Plague in India, 1896, 1897 - Volume 1
Year: 1896
Disease focus: Plague
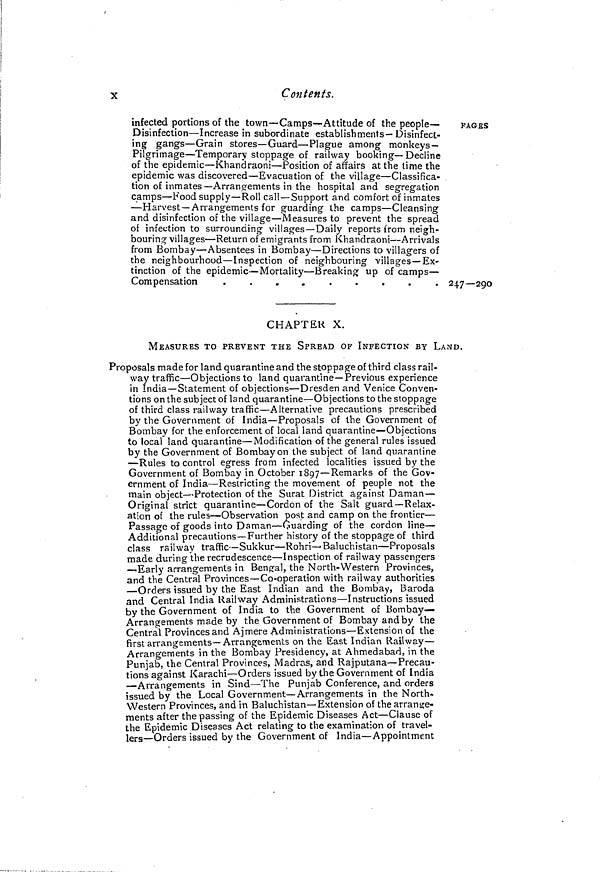
X
Contents.
infected portions of the town—Camps—Attitude of the people-
Disinfection—Increase in subordinate establishments—Disinfect-
ing gangs—Grain stores—Guard—Plague among monkeys-
Pilgrimage—Temporary stoppage of railway booking—Decline
of the epidemic—Khandraoni—Position of affairs at the time the
epidemic was discovered—Evacuation of the village—Classifica-
tion of inmates—Arrangements in the hospital and segregation
camps—Food supply—Roll call—Support and comfort of inmates
—Harvest—Arrangements for guarding the camps—Cleansing
and disinfection of the village—Measures to prevent the spread
of infection to surrounding villages—Daily reports from neigh-
bouring villages—Return of emigrants from Khandraoni—Arrivals
from Bombay—Absentees in Bombay—Directions to villagers of
the neighbourhood—Inspection of neighbouring villages—Ex-
tinction of the epidemic—Mortality—Breaking up of camps—
Compensation
.
.
.
.
.
.
.
.
.
PAGES
247—290
CHAPTER X.
MEASURES TO PREVENT THE SPREAD OF INFECTION BY LAND.
Proposals made for land quarantine and the stoppage of third class rail-
way traffic—Objections to land quarantine—Previous experience
in India—Statement of objections—Dresden and Venice Conven-
tions on the subject of land quarantine—Objections to the stoppage
of third class railway traffic—Alternative precautions prescribed
by the Government of India—Proposals of the Government of
Bombay for the enforcement of local land quarantine—Objections
to local land quarantine—Modification of the general rules issued
by the Government of Bombay on the subject of land quarantine
—Rules to control egress from infected localities issued by the
Government of Bombay in October 1897—Remarks of the Gov-
ernment of India—Restricting the movement of people not the
main object—Protection of the Surat District against Daman—
Original strict quarantine—Cordon of the Salt guard—Relax-
ation of the rules—Observation post and camp on the frontier—
Passage of goods into Daman—Guarding of the cordon line—
Additional precautions—Further history of the stoppage of third
class railway traffic—Sukkur—Rohri—Baluchistan—Proposals
made during the recrudescence—Inspection of railway passengers
—Early arrangements in Bengal, the North-Western Provinces,
and the Central Provinces—Co-operation with railway authorities
—Orders issued by the East Indian and the Bombay, Baroda
and Central India Railway Administrations—Instructions issued
by the Government of India to the Government of Bombay—
Arrangements made by the Government of Bombay and by the
Central Provinces and Ajmere Administrations—Extension of the
first arrangements—Arrangements on the East Indian Railway—
Arrangements in the Bombay Presidency, at Ahmedabad, in the
Punjab, the Central Provinces, Madras, and Rajputana—Precau-
tions against Karachi—Orders issued by the Government of India
—Arrangements in Sind—The Punjab Conference, and orders
issued by the Local Government—Arrangements in the North-
Western Provinces, and in Baluchistan—Extension of the arrange-
ments after the passing of the Epidemic Diseases Act—Clause of
the Epidemic Diseases Act relating to the examination of travel-
lers—Orders issued by the Government, of India—Appointment